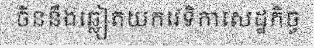
ចិននឹងឆ្លៀតយកវេទិកាសេដ្ឋកិច្ច